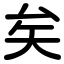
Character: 矣